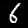
Digit: 6